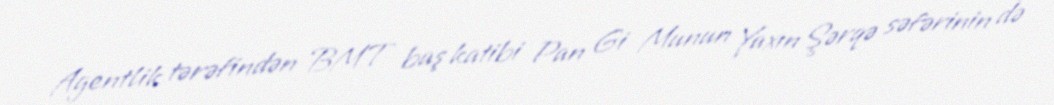
Agentlik tərəfindən BMT baş katibi Pan Gi Munun Yaxın Şərqə səfərinin də